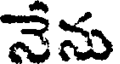
నేను